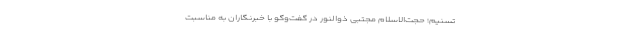
تسنیم؛ حجت‌الاسلام مجتبی ذوالنور در گفت‌وگو با خبرنگاران به مناسبت